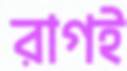
রাগই